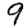
Digit: 9